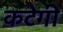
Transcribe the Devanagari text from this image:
कटेगी